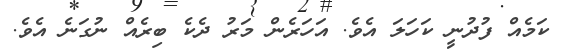
ކަމެއް ފުދުނީ ކަހަލަ އެވެ. އަހަރެން މަރު ދެކެ ބިރެއް ނުގަނެ އެވެ.